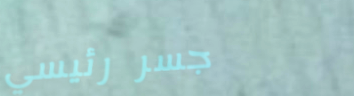
جسر رئيسي